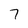
Character: 7